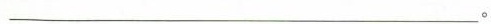
___________________________。